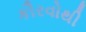
કૌરવોથી